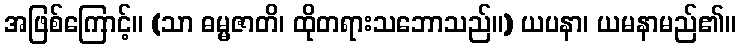
အဖြစ်ကြောင့်။ (သာ ဓမ္မဇာတိ၊ ထိုတရားသဘောသည်။) ယပနာ၊ ယမနာမည်၏။